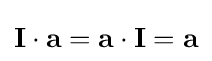
\mathbf {I} \cdot \mathbf {a} =\mathbf {a} \cdot \mathbf {I} =\mathbf {a}